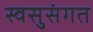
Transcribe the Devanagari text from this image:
स्वसुसंगत